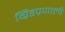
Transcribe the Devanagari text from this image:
ग्रिडप्रणाली